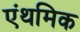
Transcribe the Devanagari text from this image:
एंथमिक